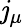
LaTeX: \mathit{j}_{\mu}